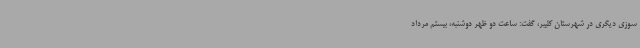
سوزی دیگری در شهرستان کلیبر، گفت: ساعت دو ظهر دوشنبه، بیستم مرداد